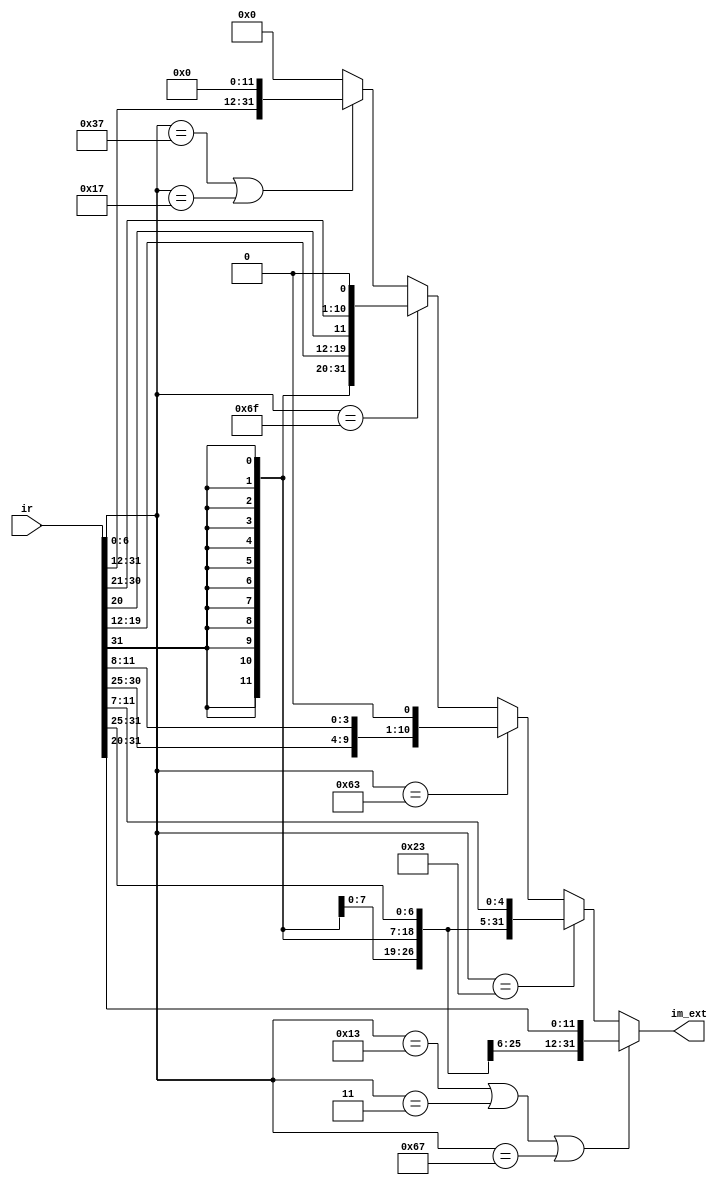
module imm_extend (
        input [31:0] ir,
        output reg [31:0] im_ext);

    //  addi, auipc, jal, jalr, beq, blt, lw, sw
    // 
    wire [6:0] opcode = ir[6:0];
    wire is_branch = (opcode == 7'b1100011);
    wire is_lw     = (opcode == 7'b0000011);
    wire is_sw     = (opcode == 7'b0100011);
    wire is_jal    = (opcode == 7'b1101111);
    wire is_jalr   = (opcode == 7'b1100111);
    wire is_lui    = (opcode == 7'b0110111);
    wire is_auipc  = (opcode == 7'b0010111);
    wire is_addi   = (opcode == 7'b0010011);

    // 
    wire [31:0] imm12_i = {{20{ir[31]}}, ir[31:20]};
    wire [31:0] imm12_r = {{20{ir[31]}}, ir[31:25], ir[11:7]};
    wire [31:0] imm13_b = {{20{ir[31]}}, ir[7], ir[30:25], ir[11:8], 1'b0};
    wire [31:0] imm21_j = {{12{ir[31]}}, ir[19:12], ir[20], ir[30:21], 1'b0};
    wire [31:0] imm32_u = {ir[31:12], 12'b0};

    // 
    always @(*) begin
        im_ext = 0;
        if (is_addi | is_lw | is_jalr)
            im_ext = imm12_i;
        else if (is_sw)
            im_ext = imm12_r;
        else if (is_branch)
            im_ext = imm13_b;
        else if (is_jal)
            im_ext = imm21_j;
        else if (is_lui | is_auipc)
            im_ext = imm32_u;
    end
endmodule